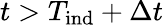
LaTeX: t>T_{\mathrm{ind}}+\Delta t